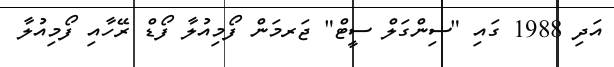
އަދި 1988 ގައި "ސިންގަލް ސީޓް" ޖަރމަން ފޯމިއުލާ ފޯޑް ރޭހާއި ފޯމިއުލާ